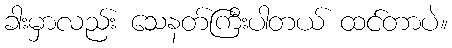
ခါးမှာလည်း သေနတ်ကြီးပါတယ် ထင်တာပဲ။